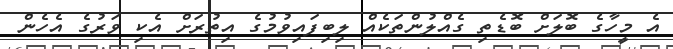
އެ މީހާގެ ބޮލަށް ބޮޑެތި ގެއްލުންތަކެއް ލިބިފައިވުމުގެ އިތުރަށް އެކި ވަރުގެ އެހެން